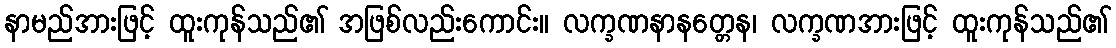
နာမည်အားဖြင့် ထူးကုန်သည်၏ အဖြစ်လည်းကောင်း။ လက္ခဏနာနတ္တေန၊ လက္ခဏအားဖြင့် ထူးကုန်သည်၏